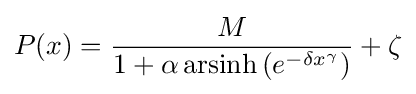
P(x)={\frac {M}{1+\alpha \operatorname {arsinh} \left(e^{-\delta x^{\gamma }}\right)}}+\zeta